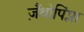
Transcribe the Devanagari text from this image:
ज़ैंथोपिंप्ला